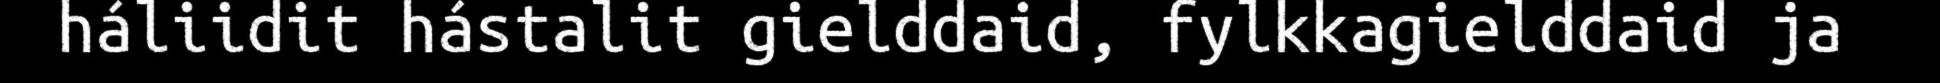
háliidit hástalit gielddaid, fylkkagielddaid ja